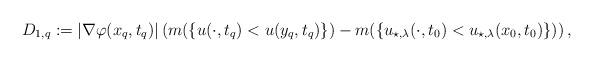
LaTeX: \begin{align*}D_{1, q}:=|\nabla \varphi(x_q, t_q)| \left(m(\{u(\cdot, t_q)< u(y_q, t_q)\})-m(\{u_{\star, \lambda}(\cdot, t_0)< u_{\star, \lambda}(x_0, t_0)\})\right),\end{align*}